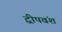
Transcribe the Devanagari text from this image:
द्वीपवंश